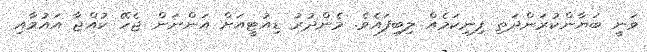
ވަނީ ބަޔާންކުރަންދަތި ފިނިކަމެއް ލިބިފައެވެ. މެންދުރު ޑިއުޓީއަށް އަންނަން ޖެހޭ ކުއްޖާ އައުމާއި